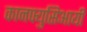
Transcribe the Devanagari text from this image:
कानफ्युसिआयी